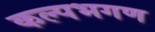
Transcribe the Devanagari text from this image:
कल्पभगण